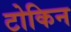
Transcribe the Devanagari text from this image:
टोकिन